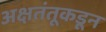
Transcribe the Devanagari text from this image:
अक्षतंतूकडून